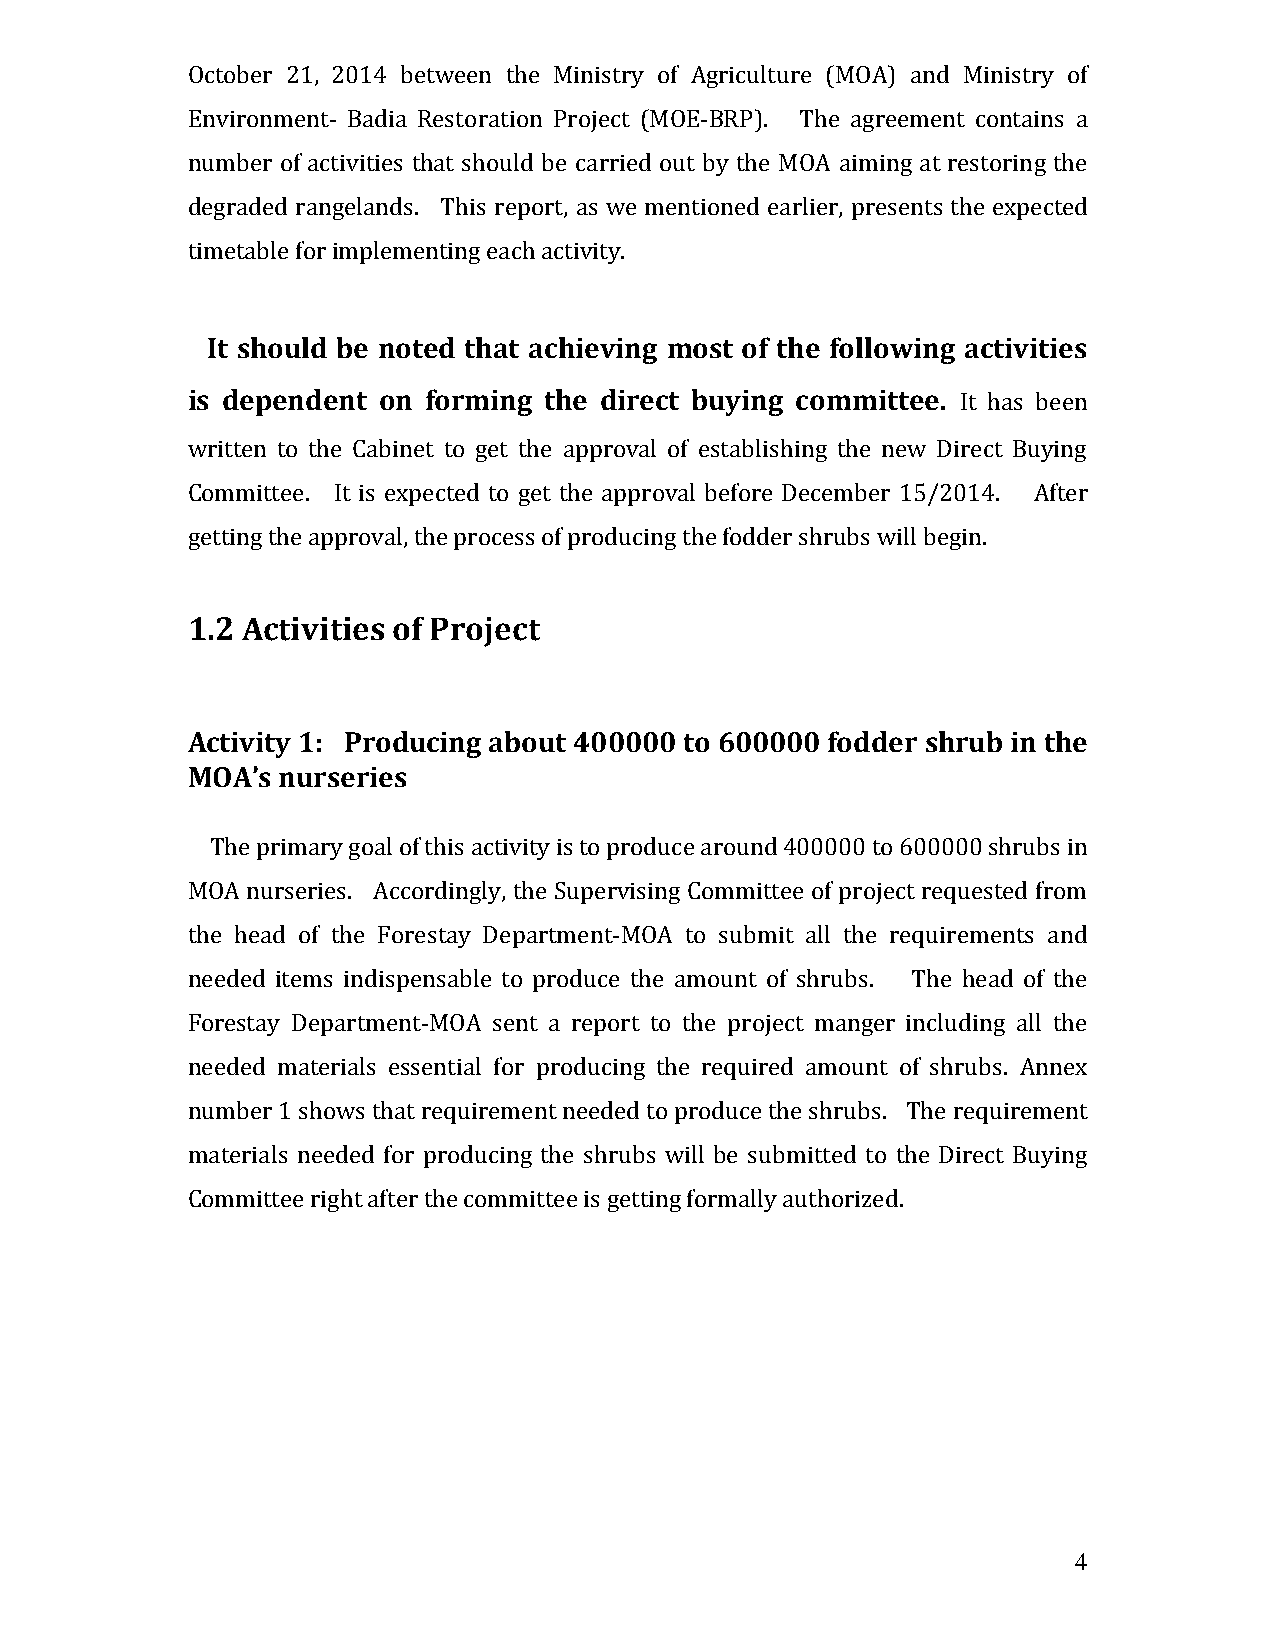
October 21, 2014 between the Ministry of Agriculture (MOA) and Ministry of
 Environment- Badia Restoration Project (MOE-BRP). The agreement contains a
 number of activities that should be carried out by the MOA aiming at restoring the
 degraded rangelands. This report, as we mentioned earlier, presents the expected
 timetable for implementing each activity.
 It should be noted that achieving most of the following activities
 is dependent on forming the direct buying committee. It has been
 written to the Cabinet to get the approval of establishing the new Direct Buying
 Committee. It is expected to get the approval before December 15/2014. After
 getting the approval, the process of producing the fodder shrubs will begin.
 1.2 Activities of Project
 Activity 1: Producing about 400000 to 600000 fodder shrub in the
 MOA’s nurseries
 The primary goal of this activity is to produce around 400000 to 600000 shrubs in
 MOA nurseries. Accordingly, the Supervising Committee of project requested from
 the head of the Forestay Department-MOA to submit all the requirements and
 needed items indispensable to produce the amount of shrubs. The head of the
 Forestay Department-MOA sent a report to the project manger including all the
 needed materials essential for producing the required amount of shrubs. Annex
 number 1 shows that requirement needed to produce the shrubs. The requirement
 materials needed for producing the shrubs will be submitted to the Direct Buying
 Committee right after the committee is getting formally authorized.
 4